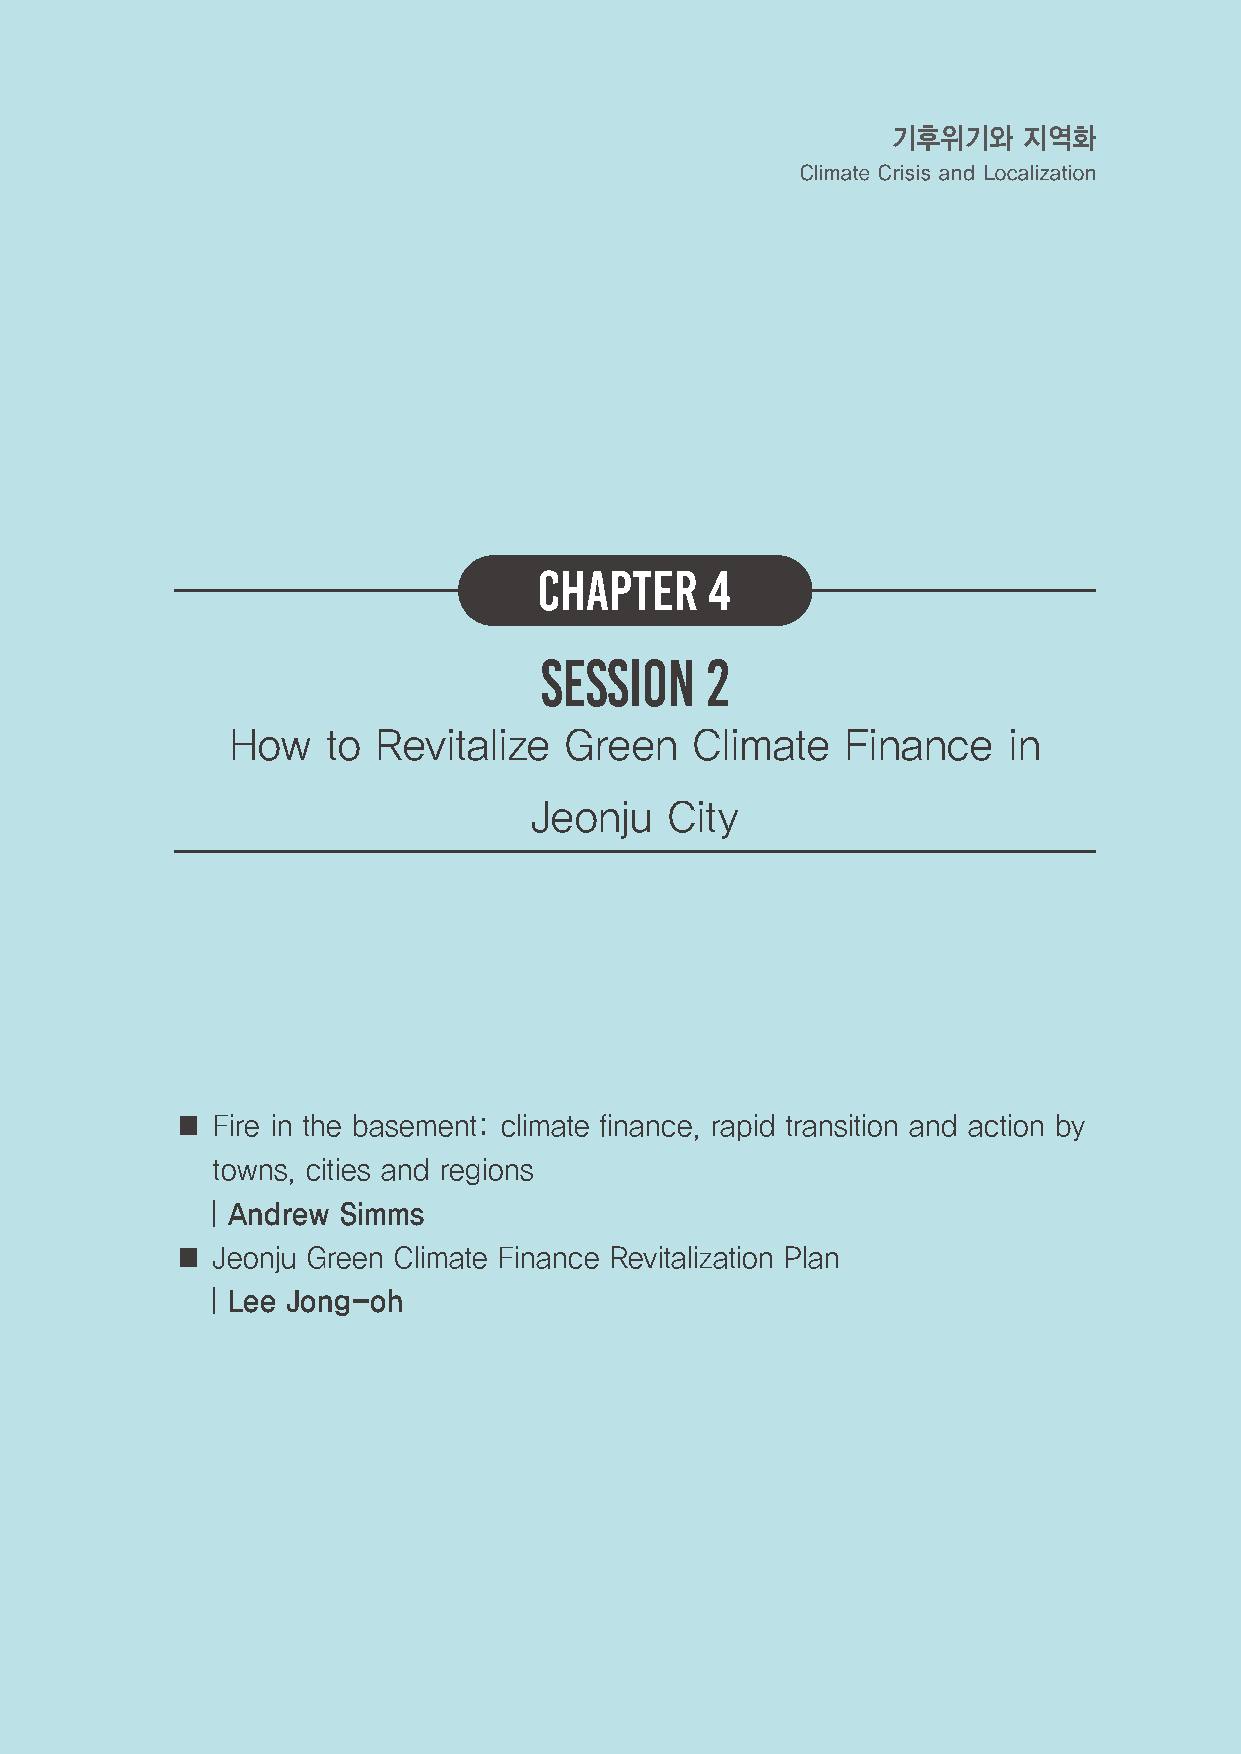
기후위기와    지역화
 Climate Crisis and Localization
 CHAPTER    4
 SESSION    2
 How    to Revitalize  Green    Climate   Finance    in
 Jeonju   City
 ■ Fire in the basement: climate finance, rapid transition and action by
 towns, cities and regions
  ㅣAndrew Simms
 ■ Jeonju Green Climate Finance Revitalization Plan
 ㅣLee Jong-oh